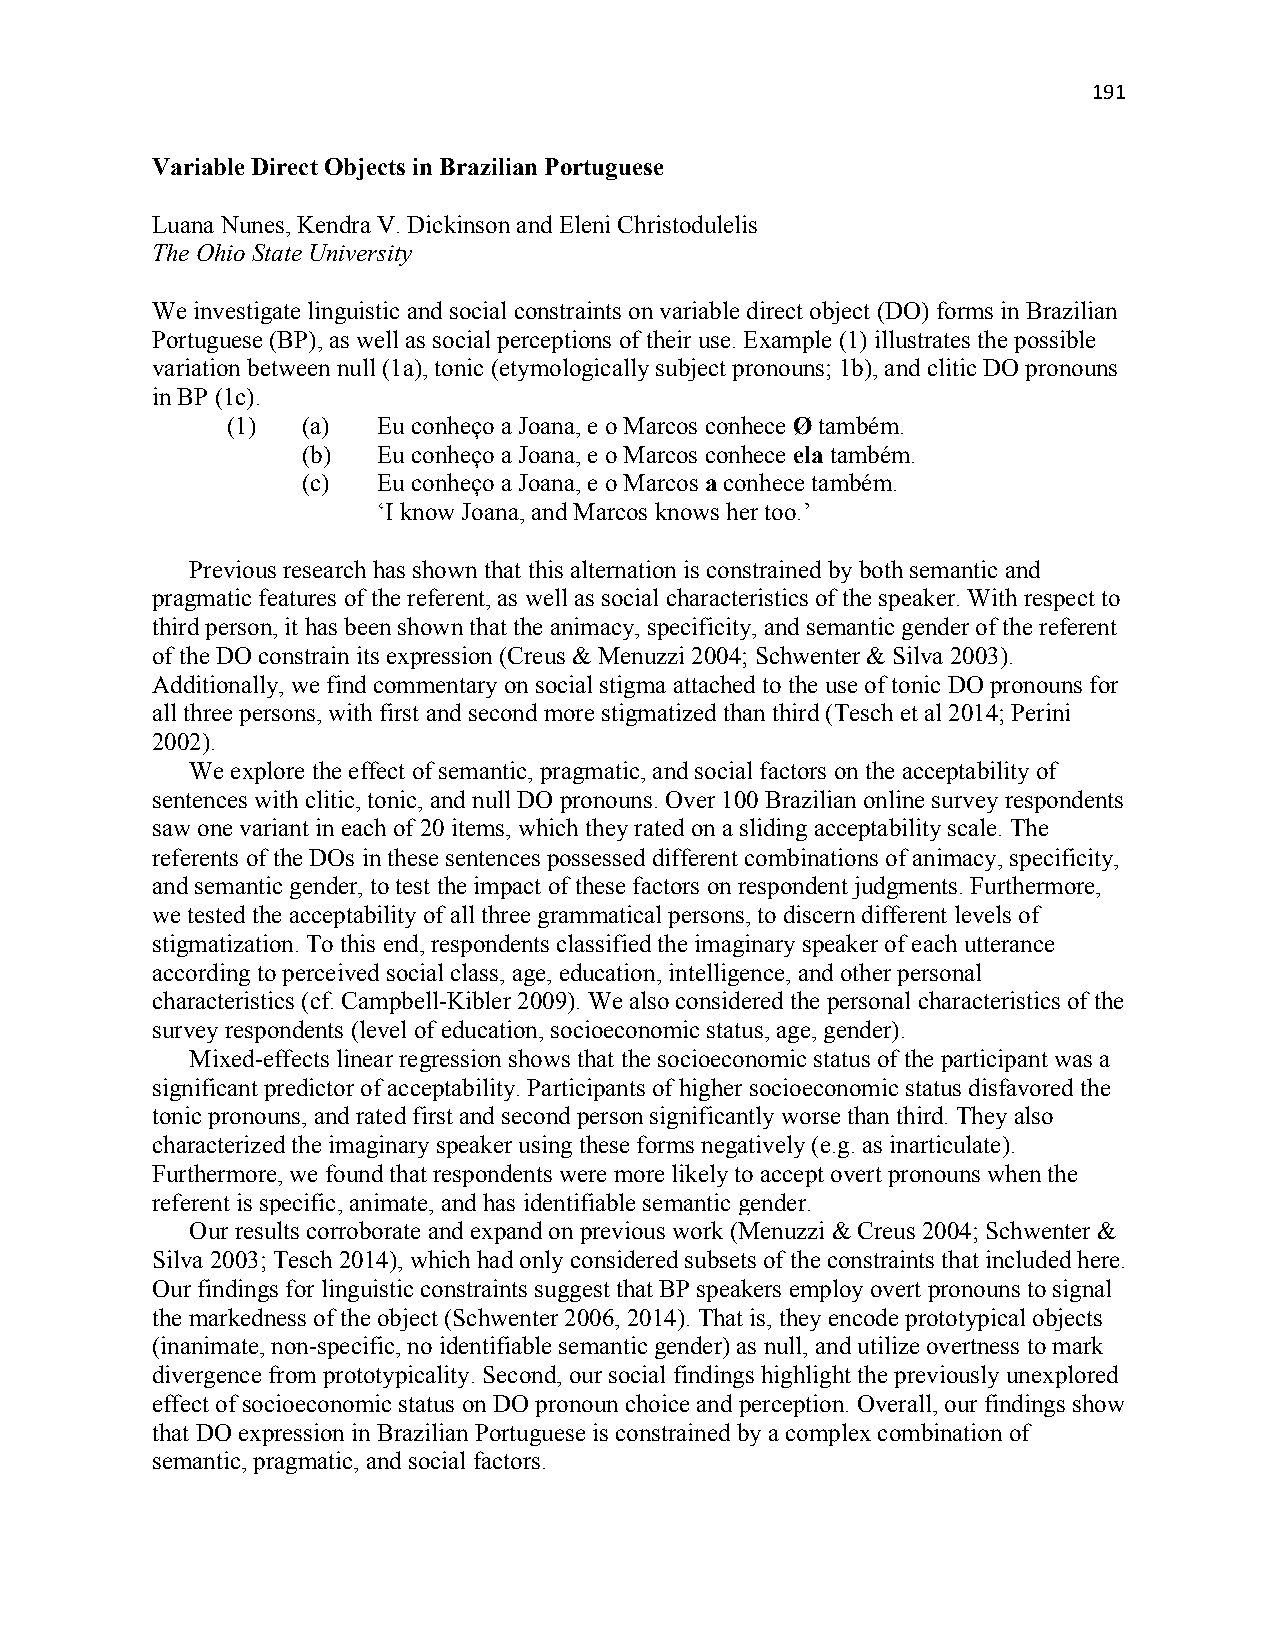
191
 Variable Direct Objects in Brazilian Portuguese
 Luana Nunes, Kendra V. Dickinson and Eleni Christodulelis
 The Ohio State University
 We investigate linguistic and social constraints on variable direct object (DO) forms in Brazilian
 Portuguese (BP), as well as social perceptions of their use. Example (1) illustrates the possible
 variation between null (1a), tonic (etymologically subject pronouns; 1b), and clitic DO pronouns
 in BP (1c).
 (1)  (a)  Eu conheço a Joana, e o Marcos conhece Ø também.
 (b)  Eu conheço a Joana, e o Marcos conhece ela também.
 (c)  Eu conheço a Joana, e o Marcos a conhece também.
 ‘I know Joana, and Marcos knows her too.’
 Previous research has shown that this alternation is constrained by both semantic and
 pragmatic features of the referent, as well as social characteristics of the speaker. With respect to
 third person, it has been shown that the animacy, specificity, and semantic gender of the referent
 of the DO constrain its expression (Creus & Menuzzi 2004; Schwenter & Silva 2003).
 Additionally, we find commentary on social stigma attached to the use of tonic DO pronouns for
 all three persons, with first and second more stigmatized than third (Tesch et al 2014; Perini
 2002).
 We explore the effect of semantic, pragmatic, and social factors on the acceptability of
 sentences with clitic, tonic, and null DO pronouns. Over 100 Brazilian online survey respondents
 saw one variant in each of 20 items, which they rated on a sliding acceptability scale. The
 referents of the DOs in these sentences possessed different combinations of animacy, specificity,
 and semantic gender, to test the impact of these factors on respondent judgments. Furthermore,
 we tested the acceptability of all three grammatical persons, to discern different levels of
 stigmatization. To this end, respondents classified the imaginary speaker of each utterance
 according to perceived social class, age, education, intelligence, and other personal
 characteristics (cf. Campbell-Kibler 2009). We also considered the personal characteristics of the
 survey respondents (level of education, socioeconomic status, age, gender).
 Mixed-effects linear regression shows that the socioeconomic status of the participant was a
 significant predictor of acceptability. Participants of higher socioeconomic status disfavored the
 tonic pronouns, and rated first and second person significantly worse than third. They also
 characterized the imaginary speaker using these forms negatively (e.g. as inarticulate).
 Furthermore, we found that respondents were more likely to accept overt pronouns when the
 referent is specific, animate, and has identifiable semantic gender.
 Our results corroborate and expand on previous work (Menuzzi & Creus 2004; Schwenter &
 Silva 2003; Tesch 2014), which had only considered subsets of the constraints that included here.
 Our findings for linguistic constraints suggest that BP speakers employ overt pronouns to signal
 the markedness of the object (Schwenter 2006, 2014). That is, they encode prototypical objects
 (inanimate, non-specific, no identifiable semantic gender) as null, and utilize overtness to mark
 divergence from prototypicality. Second, our social findings highlight the previously unexplored
 effect of socioeconomic status on DO pronoun choice and perception. Overall, our findings show
 that DO expression in Brazilian Portuguese is constrained by a complex combination of
 semantic, pragmatic, and social factors.